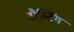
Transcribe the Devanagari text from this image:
दौब्टिंग